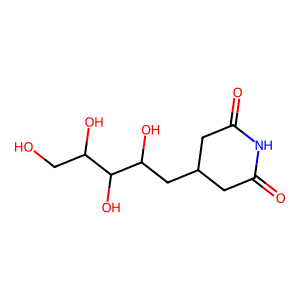
SMILES: O=C1CC(CC(O)C(O)C(O)CO)CC(=O)N1
Inhibits HIV replication: No